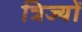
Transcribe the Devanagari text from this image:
त्रिज्यों